Civil Veterinary Dept. Bombay admin report 1914-1922 - 1914-1922
Year: 1914
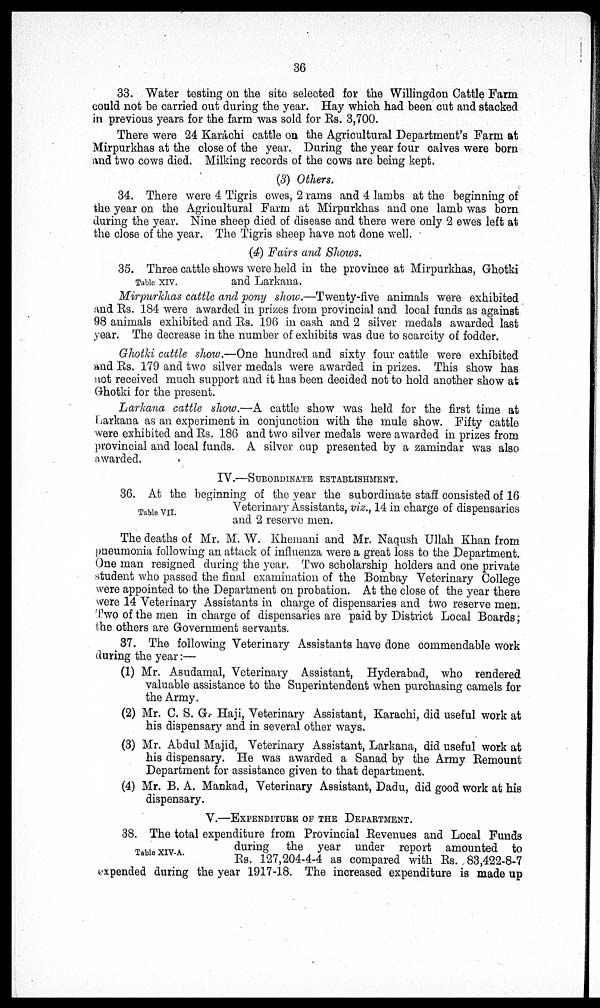
36
33. Water testing on the site selected for the Willingdon Cattle Farm
could not be carried out during the year. Hay which had been cut and stacked
in previous years for the farm was sold for Rs. 3,700.
There were 24 Karáchi cattle on the Agricultural Department's Farm at
Mirpurkhas at the close of the year. During the year four calves were born
and two cows died. Milking records of the cows are being kept.
(3) Others.
34. There were 4 Tigris ewes, 2 rams and 4 lambs at the beginning of
the year on the Agricultural Farm at Mirpurkhas and one lamb was born
during the year. Nine sheep died of disease and there were only 2 ewes left at
the close of the year. The Tigris sheep have not done well.
(4) Fairs and Shows.
Table XIV.
35. Three cattle shows were held in the province at Mirpurkhas, Ghotki
and Larkana.
Mirpurkhas cattle and pony show.—Twenty-five animals were exhibited
and Rs. 184 were awarded in prizes from provincial and local funds as against
98 animals exhibited and Rs. 196 in cash and 2 silver medals awarded last
year. The decrease in the number of exhibits was due to scarcity of fodder.
Ghotki cattle show.—One hundred and sixty four cattle were exhibited
and Rs. 179 and two silver medals were awarded in prizes. This show has
not received much support and it has been decided not to hold another show at
Ghotki for the present.
Larkana cattle show.—A cattle show was held for the first time at
Larkana as an experiment in conjunction with the mule show. Fifty cattle
were exhibited and Rs. 186 and two silver medals were awarded in prizes from
provincial and local funds. A silver cup presented by a zamindar was also
awarded.
IV.—SUBORDINATE ESTABLISHMENT..
Table VII.
36. At the beginning of the year the subordinate staff consisted of 16
Veterinary Assistants, viz., 14 in charge of dispensaries
and 2 reserve men.
The deaths of Mr. M. W. Khemani and Mr. Naqush Ullah Khan from
pneumonia following an attack of influenza were a great loss to the Department.
One man resigned during the year. Two scholarship holders and one private
student who passed the final examination of the Bombay Veterinary College
were appointed to the Department on probation. At the close of the year there
were 14 Veterinary Assistants in charge of dispensaries and two reserve men.
Two of the men in charge of dispensaries are paid by District Local Boards;
the others are Government servants.
37. The following Veterinary Assistants have done commendable work
during the year:—
(1) Mr. Asudamal, Veterinary Assistant, Hyderabad, who rendered
valuable assistance to the Superintendent when purchasing camels for
the Army.
(2) Mr. C. S. G. Haji, Veterinary Assistant, Karachi, did useful work at
his dispensary and in several other ways.
(3) Mr. Abdul Majid, Veterinary Assistant, Larkana, did useful work at
his dispensary. He was awarded a Sanad by the Army Remount
Department for assistance given to that department.
(4) Mr. B. A. Mankad, Veterinary Assistant, Dadu, did good work at his
dispensary.
V.—EXPENDITURE OF THE DEPARTMENT.
Table XIV-A.
38. The total expenditure from Provincial Revenues and Local Funds
during the year under report amounted to
Rs. 127,204-4-4 as compared with Rs. 83,422-8-7
expended during the year 1917-18. The increased expenditure is made up